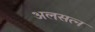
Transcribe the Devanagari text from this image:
अलसत्न